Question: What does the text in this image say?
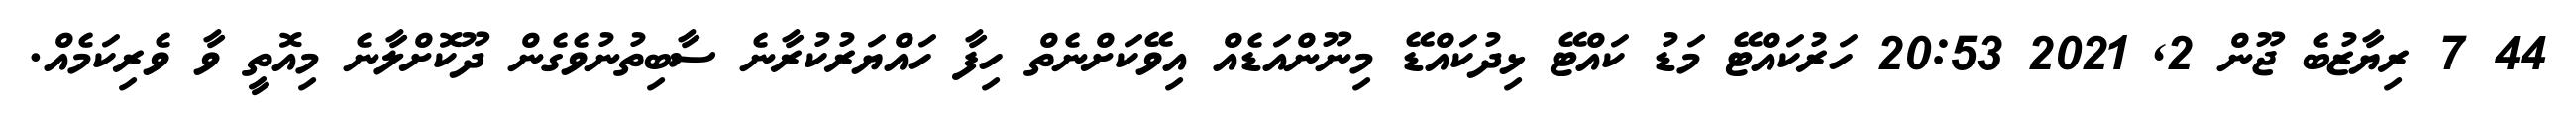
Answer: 44 7 ރިޔާޒުބެ ޖޫން 2, 2021 20:53 ހަރުކައްޓޭ މަޑު ކައްޓޭ ޅިދުކައްޑޭ މިނޫންއަޑެއް އިވޭކަށްނެތް ހިފާ ހައްޔަރުކުރާނެ ސާބިތުނުވެގެން ދޫކޮށްލާނެ މިއޮތީ ވާ ވެރިކަމެއް.